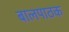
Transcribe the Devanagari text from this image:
बालपाठक